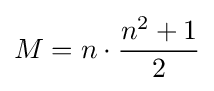
M=n\cdot {\frac {n^{2}+1}{2}}